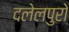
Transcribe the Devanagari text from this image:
दलेलपुरो